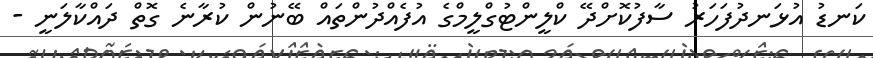
ކަނޑު އުޅަނދުފަހަރު ސާފުކޮށްދޭ ކްލީންޓުގްލީމްގެ އުފެއްދުންތައް ބޭނުން ކުރާނެ ގޮތް ދަައްކާލަނީ -